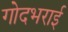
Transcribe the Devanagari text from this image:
गोदभराई